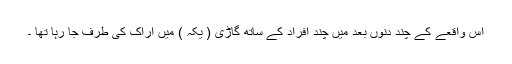
اس واقعے کے چند دنوں بعد میں چند افراد کے ساتھ گاڑی ( یکہ ) میں اراک کی طرف جا رہا تھا ۔